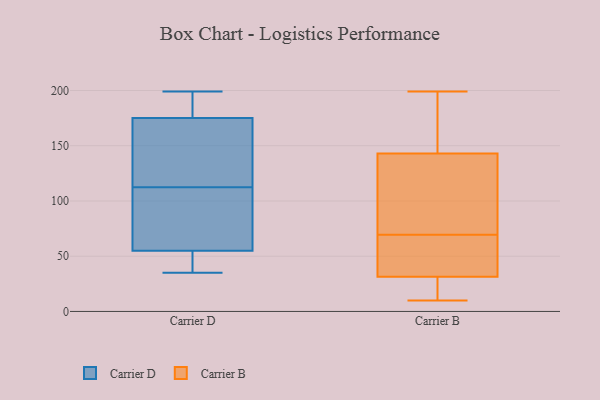
{"axis": {"x": "Humidity (%)", "y": "Value"}, "legend": ["Carrier B", "Carrier D"], "data": [{"x": "", "y": 119, "type": "Carrier D"}, {"x": "", "y": 175, "type": "Carrier D"}, {"x": "", "y": 35, "type": "Carrier D"}, {"x": "", "y": 38, "type": "Carrier D"}, {"x": "", "y": 55, "type": "Carrier D"}, {"x": "", "y": 129, "type": "Carrier D"}, {"x": "", "y": 152, "type": "Carrier D"}, {"x": "", "y": 75, "type": "Carrier D"}, {"x": "", "y": 177, "type": "Carrier D"}, {"x": "", "y": 106, "type": "Carrier D"}, {"x": "", "y": 199, "type": "Carrier D"}, {"x": "", "y": 44, "type": "Carrier D"}, {"x": "", "y": 66, "type": "Carrier D"}, {"x": "", "y": 175, "type": "Carrier D"}, {"x": "", "y": 10, "type": "Carrier B"}, {"x": "", "y": 176, "type": "Carrier B"}, {"x": "", "y": 33, "type": "Carrier B"}, {"x": "", "y": 64, "type": "Carrier B"}, {"x": "", "y": 74, "type": "Carrier B"}, {"x": "", "y": 199, "type": "Carrier B"}, {"x": "", "y": 127, "type": "Carrier B"}, {"x": "", "y": 65, "type": "Carrier B"}, {"x": "", "y": 34, "type": "Carrier B"}, {"x": "", "y": 18, "type": "Carrier B"}, {"x": "", "y": 189, "type": "Carrier B"}, {"x": "", "y": 77, "type": "Carrier B"}, {"x": "", "y": 110, "type": "Carrier B"}, {"x": "", "y": 12, "type": "Carrier B"}, {"x": "", "y": 36, "type": "Carrier B"}, {"x": "", "y": 136, "type": "Carrier B"}, {"x": "", "y": 162, "type": "Carrier B"}, {"x": "", "y": 12, "type": "Carrier B"}, {"x": "", "y": 30, "type": "Carrier B"}, {"x": "", "y": 150, "type": "Carrier B"}]}